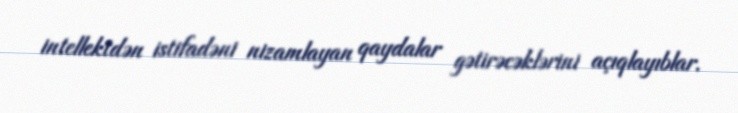
intellektdən istifadəni nizamlayan qaydalar gətirəcəklərini açıqlayıblar.